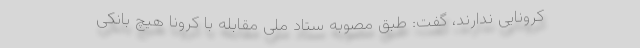
کرونایی ندارند، گفت: طبق مصوبه ستاد ملی مقابله با کرونا هیچ بانکی